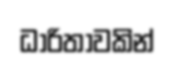
ධාරිතාවකින්